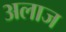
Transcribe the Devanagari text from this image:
अलाज